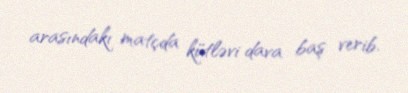
arasındakı matçda kütləvi dava baş verib.